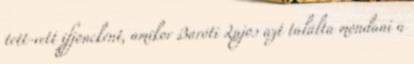
tett-vett ifjoncként, amikor Baróti Lajos azt találta mondani a